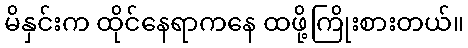
မိနှင်းက ထိုင်နေရာကနေ ထဖို့ကြိုးစားတယ်။